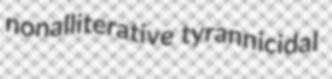
nonalliterative tyrannicidal